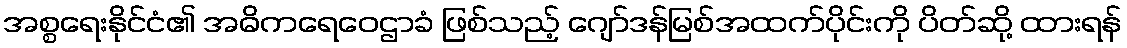
အစ္စရေးနိုင်ငံ၏ အဓိကရေဝေဌာခံ ဖြစ်သည့် ဂျော်ဒန်မြစ်အထက်ပိုင်းကို ပိတ်ဆို့ ထားရန်